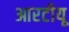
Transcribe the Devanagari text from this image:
आरटीयू